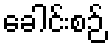
ခေါင်းစဉ်